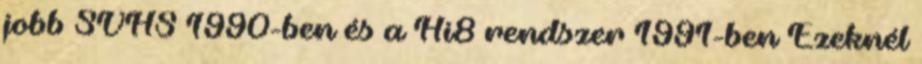
jobb SVHS 1990-ben és a Hi8 rendszer 1991-ben Ezeknél